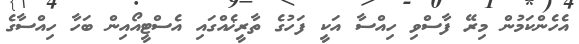
އެހެންކަމުން މިރޭ ފާސްވި ހިއްސާ އަކީ ފަހުގެ ތާރީޚެއްގައި އެސްޓީއޯއިން ބަހާ ހިއްސާގެ